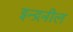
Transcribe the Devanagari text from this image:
इन्द्रनील